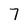
Character: 7